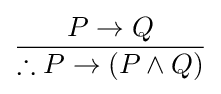
{\frac {P\to Q}{\therefore P\to (P\land Q)}}